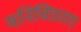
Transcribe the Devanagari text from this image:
मनिचित्रताए